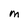
Character: M